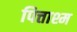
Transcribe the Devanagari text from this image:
पित्ताश्म